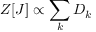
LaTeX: Z [ J ] \propto \sum _ { k } { D _ { k } }